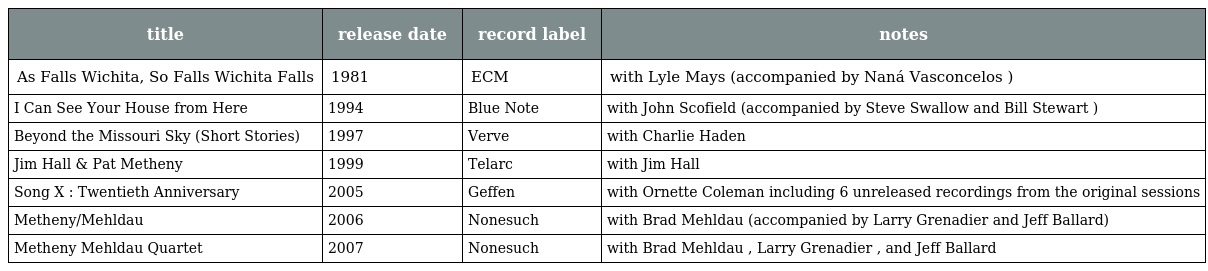
| title | release date | record label | notes |
 | --- | --- | --- | --- |
 | As Falls Wichita, So Falls Wichita Falls | 1981 | ECM | with Lyle Mays (accompanied by Naná Vasconcelos ) |
 | I Can See Your House from Here | 1994 | Blue Note | with John Scofield (accompanied by Steve Swallow and Bill Stewart ) |
 | Beyond the Missouri Sky (Short Stories) | 1997 | Verve | with Charlie Haden |
 | Jim Hall & Pat Metheny | 1999 | Telarc | with Jim Hall |
 | Song X : Twentieth Anniversary | 2005 | Geffen | with Ornette Coleman including 6 unreleased recordings from the original sessions |
 | Metheny/Mehldau | 2006 | Nonesuch | with Brad Mehldau (accompanied by Larry Grenadier and Jeff Ballard) |
 | Metheny Mehldau Quartet | 2007 | Nonesuch | with Brad Mehldau , Larry Grenadier , and Jeff Ballard |